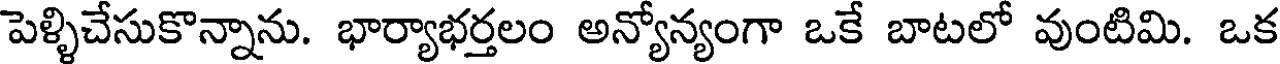
పెళ్ళిచేసుకొన్నాను. భార్యాభర్తలం అన్యోన్యంగా ఒకే బాటలో వుంటిమి. ఒక